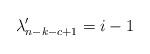
LaTeX: \begin{align*}\lambda_{n-k-c+1}'=i-1\end{align*}